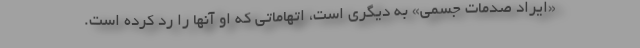
«ایراد صدمات جسمی» به دیگری است، اتهاماتی که او آنها را رد کرده است.